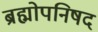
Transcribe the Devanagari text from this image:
ब्रह्मोपनिषद